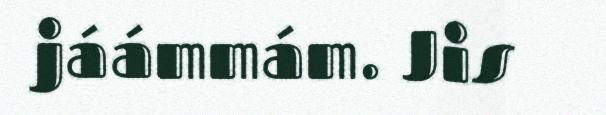
jáámmám. Jis